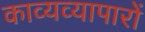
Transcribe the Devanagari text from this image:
काव्यव्यापारों